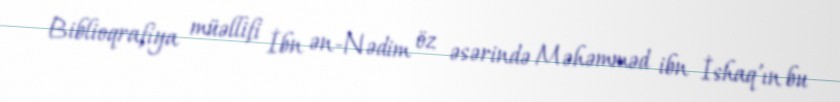
Biblioqrafiya müəllifi İbn ən-Nədim öz əsərində Məhəmməd ibn İshaq’ın bu